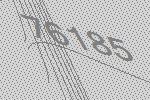
76185